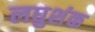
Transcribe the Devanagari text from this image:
लघुशंक